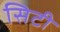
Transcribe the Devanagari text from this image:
सिटी